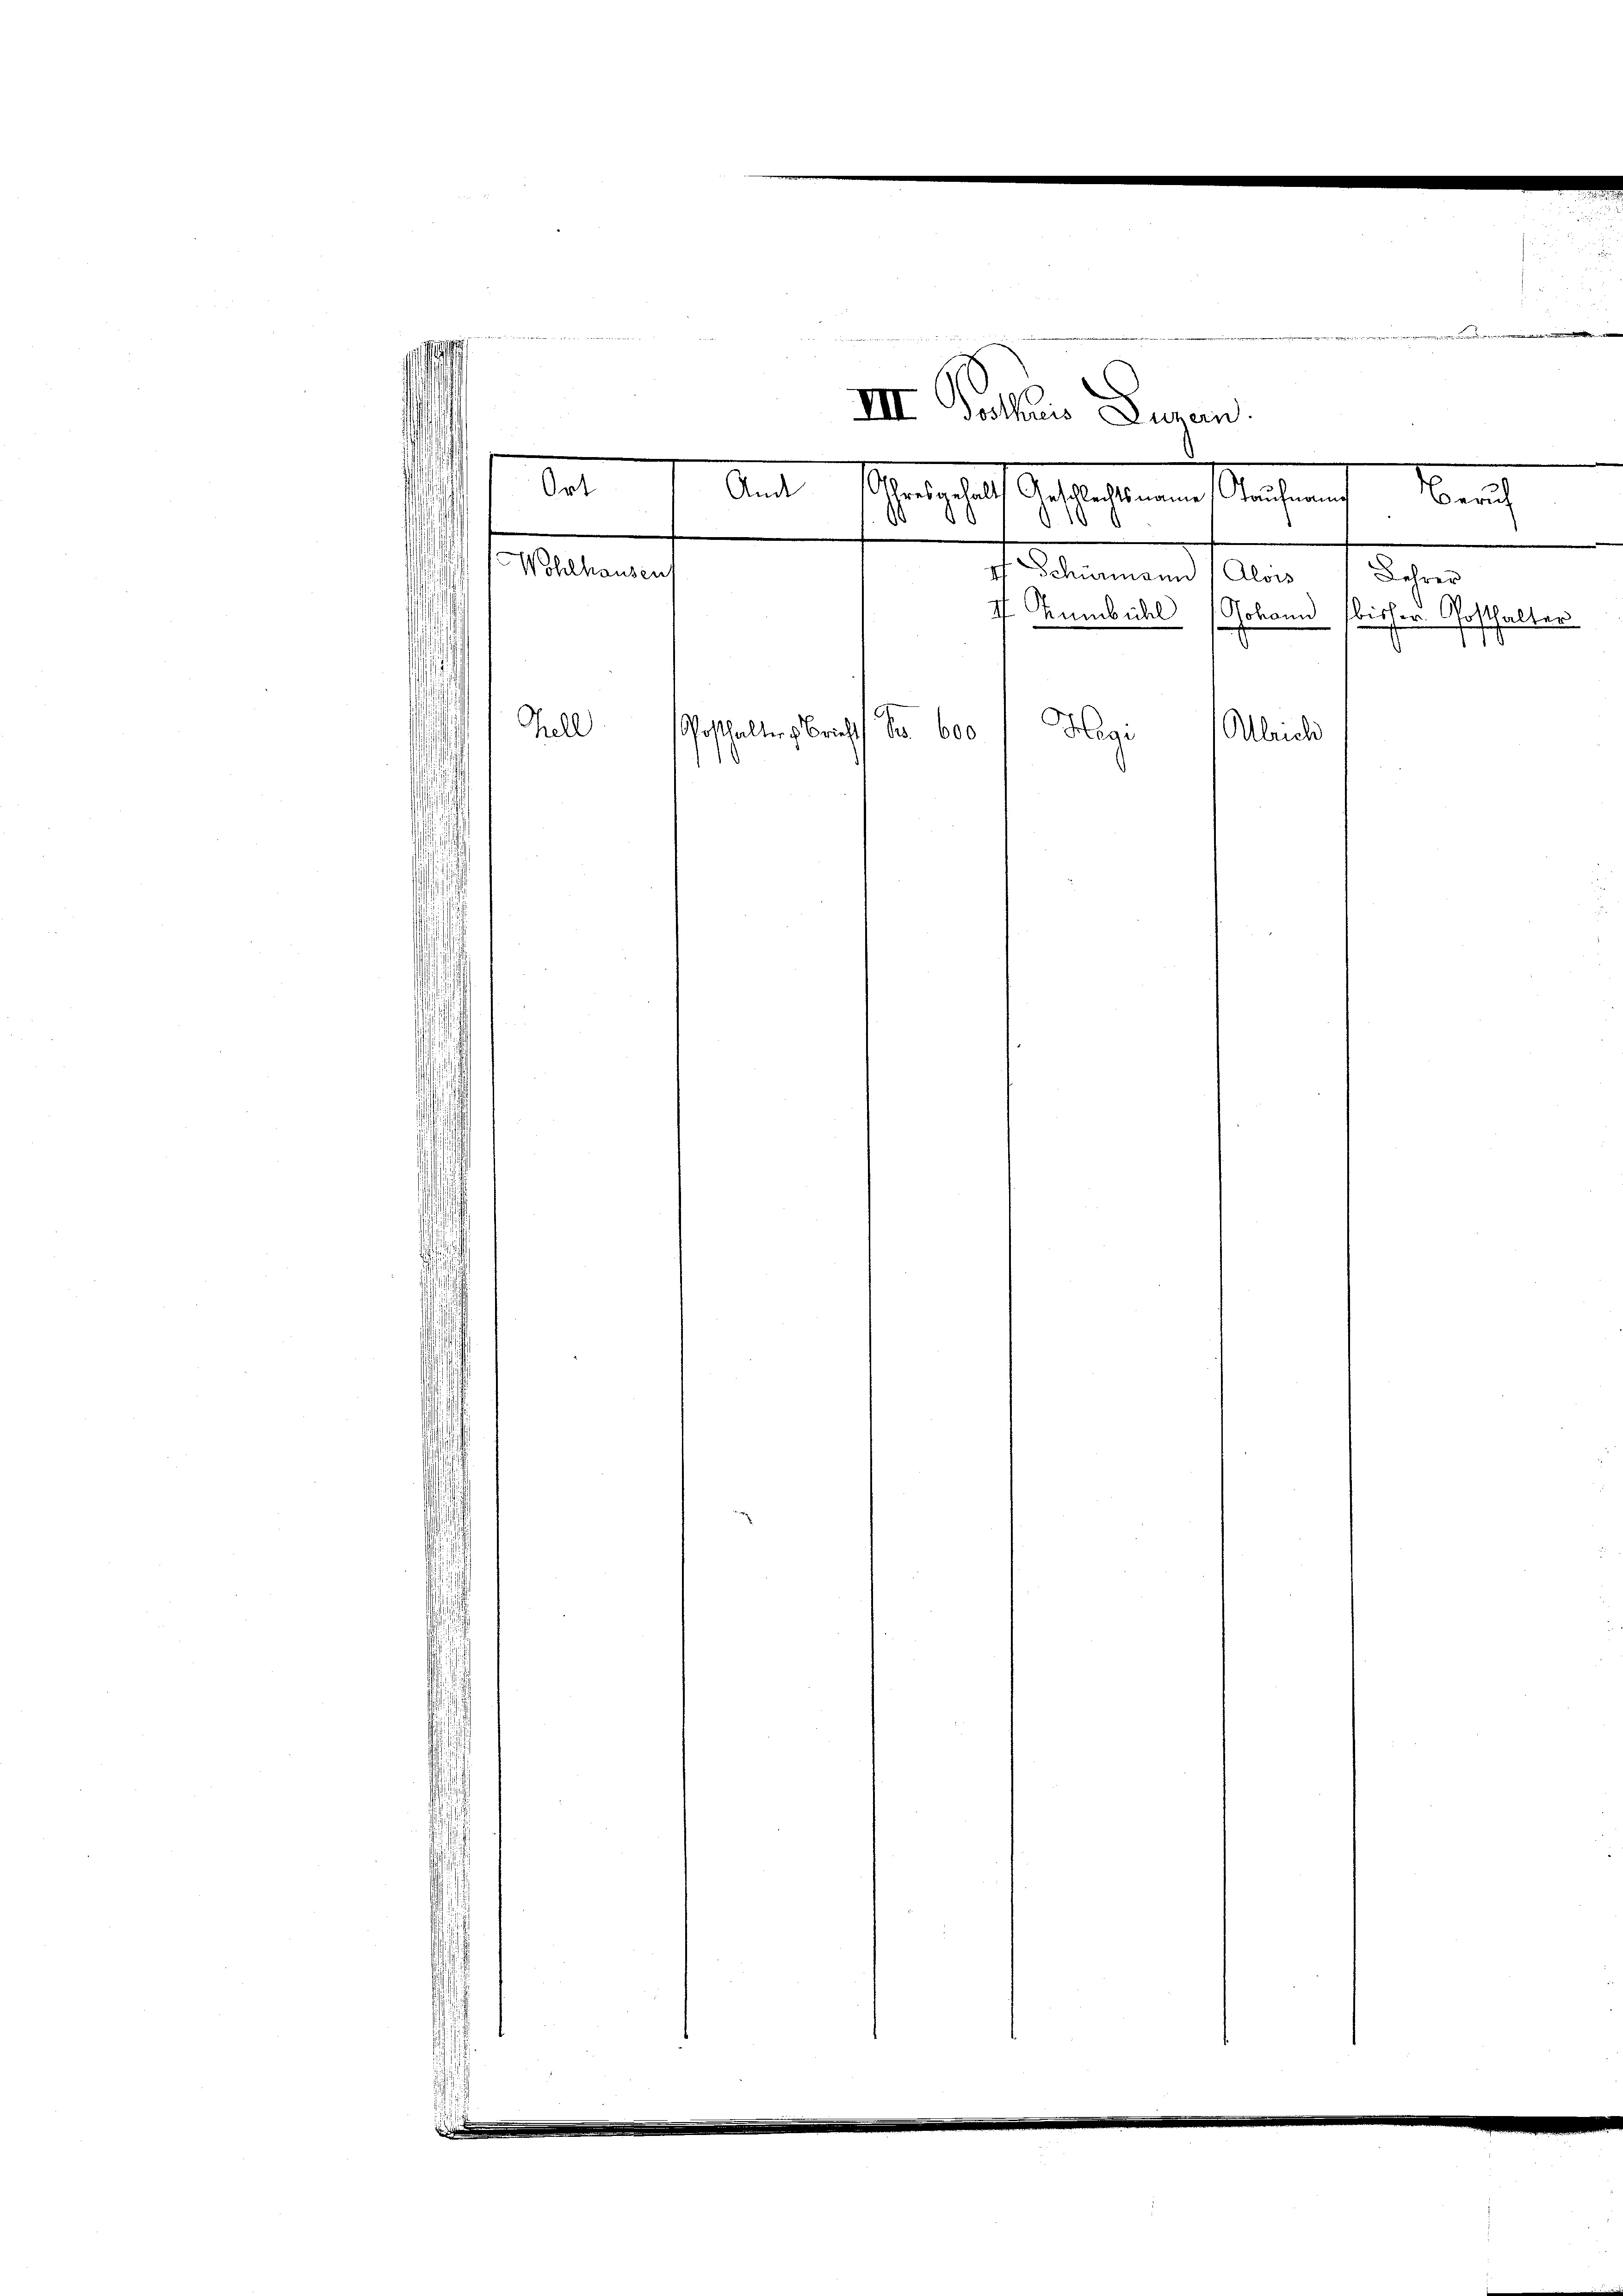
¬

Ort
Ande

Wohlhausent
hell

.

VIII Gothis Jugen.
Watschaft de lateinen Sachen
Nach
s
¬
d
¬

4f Schürmann (Alois Lehrer
II. Tumbühl (Johann bisher Posthalter
lge
Posthalters Bricht S. 600
Alrich